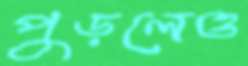
পুড়লেও